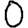
Digit: 0